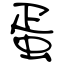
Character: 蛋